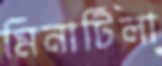
মিনাটিলা